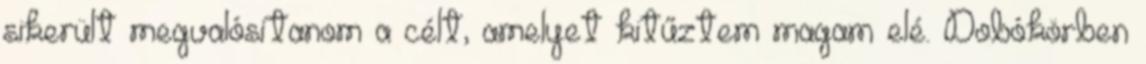
sikerült megvalósítanom a célt, amelyet kitűztem magam elé. Dobókörben